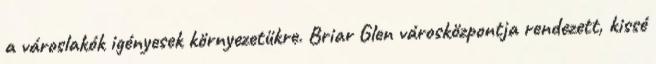
a városlakók igényesek környezetükre. Briar Glen városközpontja rendezett, kissé